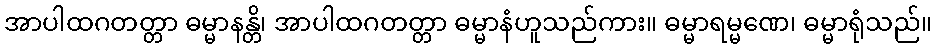
အာပါထဂတတ္တာ ဓမ္မာနန္တိ၊ အာပါထဂတတ္တာ ဓမ္မာနံဟူသည်ကား။ ဓမ္မာရမ္မဏေ၊ ဓမ္မာရုံသည်။